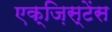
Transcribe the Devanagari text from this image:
एक्ज़िस्टेंस